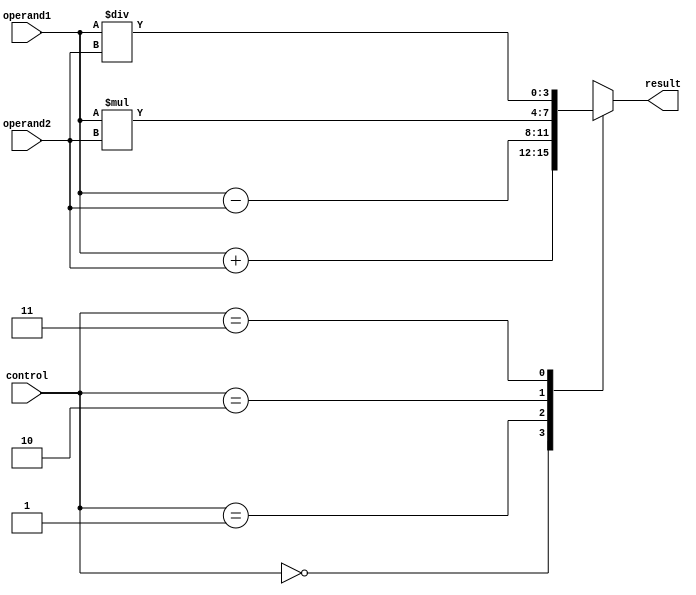
module ALU(
    input [3:0] operand1,
    input [3:0] operand2,
    input [1:0] control,
    output reg [3:0] result
);

always @(*)
begin
    case(control)
        2'b00: result = operand1 + operand2; // Addition
        2'b01: result = operand1 - operand2; // Subtraction
        2'b10: result = operand1 * operand2; // Multiplication
        2'b11: result = operand1 / operand2; // Division
    endcase
end

endmodule